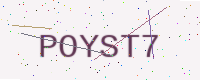
Text: POYST7